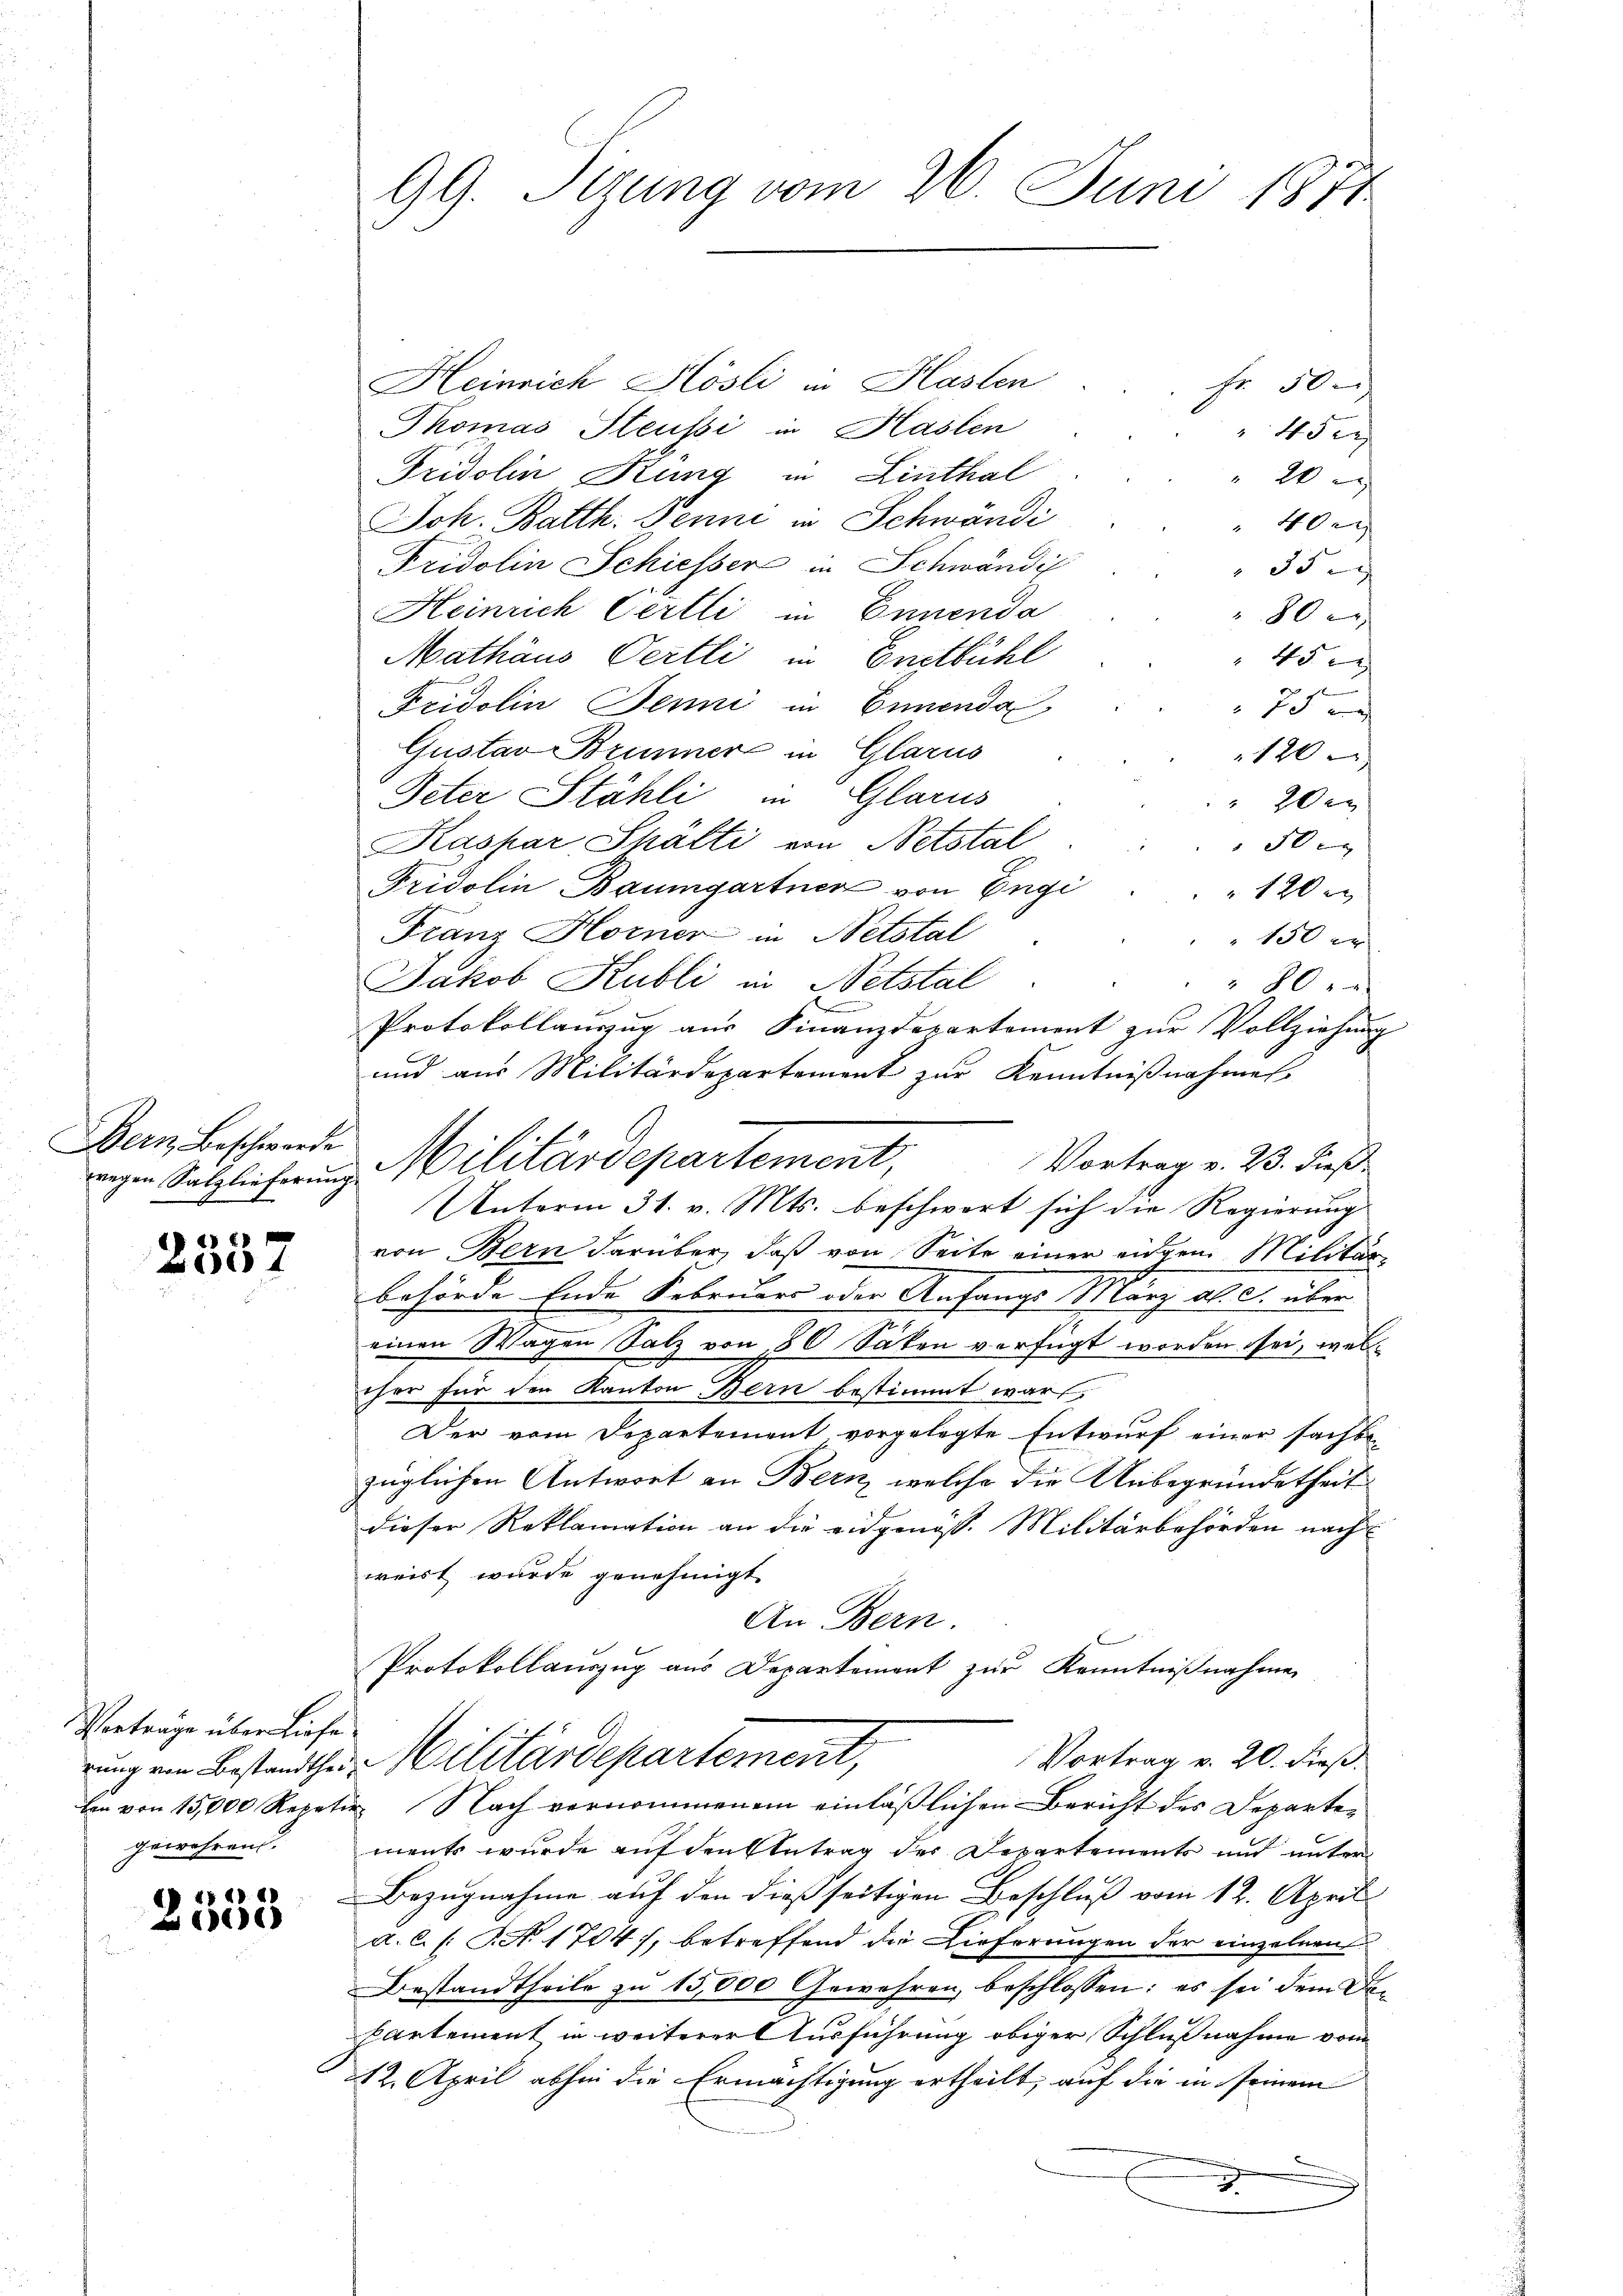
Bern Beschwerde

E
Zoet

Verträge über Liefe.
gewehren.

1848
696)

Heinrich Hösli in Haslen
Fr. 50
Thomas Steussi in Haslen
45 e
Fridolin Küng in Linthal
2
Joh. Batth. Penni in Schwändi
 40.
Fridolin Schiesser in Schwändi
 55 x
Heinrich Certli in Ennenda
80 x
Mathäus Oertli in Engtbühl
45 e
75 e
Fridolin Jenni in Ennenda
Gustav Brunner in Glarus
120
Peter Stähli in Glarus
20er
Kaspar Shälti von Netstal
50
Fridolin Baumgartner von Engi
120
Franz Horner in Netstal
150 er
Jakob Kubli in Netstal
80 x
Protokollauszug aus Finanzdepartement zur Vollziehung
und aus Militärdepartement zur Kenntnißnahmen.
Vortrag v. 23. dieß.
Unterm 31. v. Mts. beschwert sich die Regierung
von Bern darüber, daß von Seite einer eingen Militär-
behörde Ende Februars oder Anfangs März ab. c. über
einen Wagen Salz von 80 Säken verfügt worden sei, welcher für den Kanton Bern bestimmt wart.
Der vom Departement vorgelegte Entwurf einer sachbezüglichen Antwort an Bern, welche die Unbegründetheit
dieser Reklamation an die eidgenöss. Militärbehörden nach
weist wurde genehmigt.
An Bern.
C
Protokollauszug aus Departement zur Kenntnißnahme
Vortrag v. 20. dieß.
rung ein Bestandther Militärdepartement,
hon von 15,000 Repetir Nach vernommenem einläßlichen Bericht des Departements wurde auf den Betrag des Departements und unter
Bezugnahme auf den dießseitigen Beschluß vom 12. April
a. C. (N. 1704), betreffend die Lieferungen der einzelnen
Bestandtheile zŭ 15,000 Gewähren, beschlossen: es sei dem Do-
partement in weiterer Ausführung obiger Schlußnahme von
12. April abhin die Ermächtigung ertheilt, auf die in seinem
J

99. Sizung vom 26. Juni 1871

wegen Salzlicherung Militärdepartement,